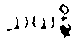
သယန္တိ